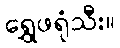
ရွှေဖရုံသီး။